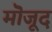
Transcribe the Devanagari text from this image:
मॊजूद